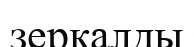
зеркалды